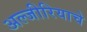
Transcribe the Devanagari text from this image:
अल्जीरियाचे